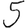
Digit: 5